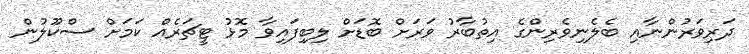
ދަރިވަރުންނާއި ބެލެނިވެރިންގެ އިތުބާރު ވަރަށް ބޮޑަށް ލިބިފައިވާ މޮޅު ޓީޗަރެއް ކަމަށް ސްކޫލުން